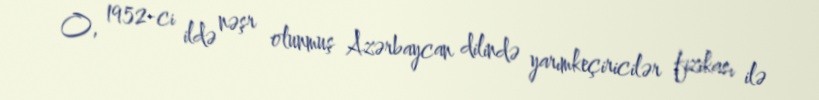
O, 1952-ci ildə nəşr olunmuş Azərbaycan dilində yarımkeçiricilər fizikası ilə